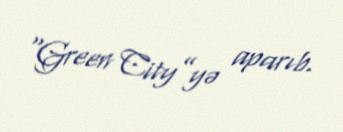
“Green City”yə aparıb.